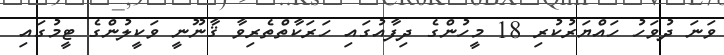
ވަނަ ދުވަހު ހައްޔަރުކުރި 18 މީހުންގެ ދިފާއުގައި ހަރަކާތްތެރިވާ ޤާނޫނީ ވަކީލުންގެ ޓީމުގައި